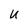
Character: u